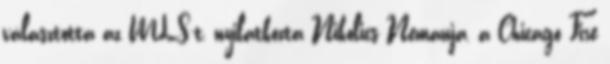
választotta az MLS-t, nyilatkozta Nikolics Nemanja, a Chicago Fire